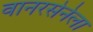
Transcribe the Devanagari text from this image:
वानरसेनेला